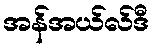
အန်အယ်လ်ဒီ